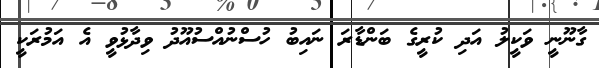
ގާނޫނީ ވަކީލު އަދި ކުރީގެ ބަންޑާރަ ނައިބު ހުސްނުއްސުއޫދު ވިދާޅުވީ އެ އަމުރަކީ